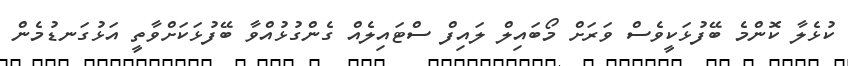
ކުޅެލާ ކޮންމެ ބޭފުޅަކީވެސް ވަރަށް މޯބައިލް ލައިފް ސްޓައިލެއް ގެންގުޅުއްވާ ބޭފުޅަކަށްވާތީ އަޅުގަނޑުމެން